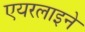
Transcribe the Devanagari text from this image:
एयरलाइने